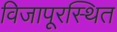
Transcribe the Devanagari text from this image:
विजापूरस्थित